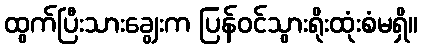
ထွက်ပြီးသားချွေးက ပြန်ဝင်သွားရိုးထုံးစံမရှိ။